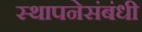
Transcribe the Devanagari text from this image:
स्थापनेसंबंधी